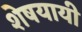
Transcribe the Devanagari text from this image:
शेषयायी